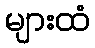
များထံ